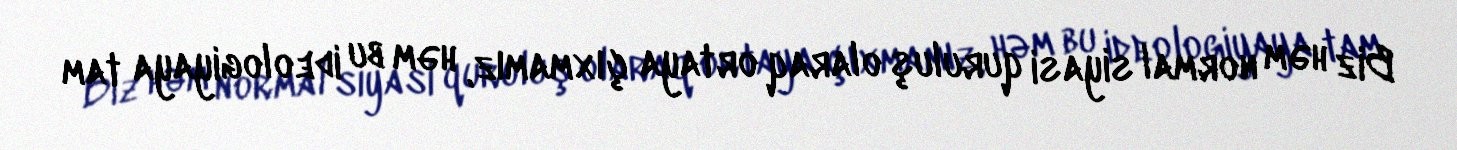
Biz həm normal siyasi quruluş olaraq ortaya çıxmamız, həm bu ideologiyaya tam